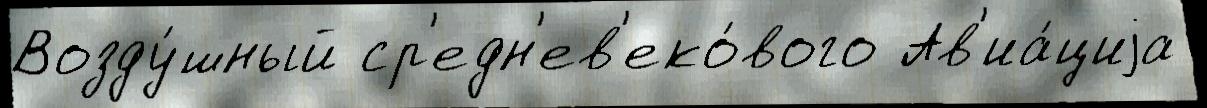
Возду́шный ср'едн'ев'еко́вого Ав'иа́циjа